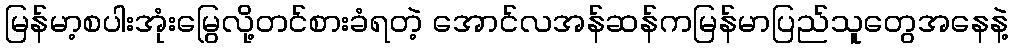
မြန်မာ့စပါးအုံးမြွေလို့တင်စားခံရတဲ့ အောင်လအန်ဆန်ကမြန်မာပြည်သူတွေအနေနဲ့